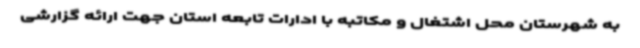
به شهرستان محل اشتغال و مکاتبه با ادارات تابعه استان جهت ارائه گزارشی